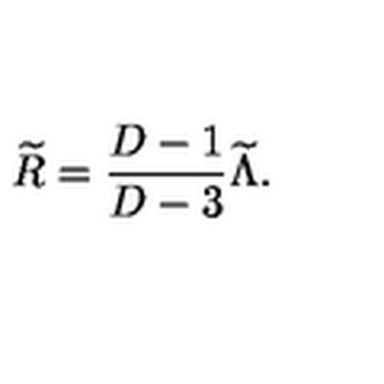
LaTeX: { \widetilde R } = { \frac { D - 1 } { D - 3 } } { \widetilde \Lambda } .